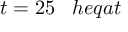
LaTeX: t = 2 5 \; \; \; h e q a t